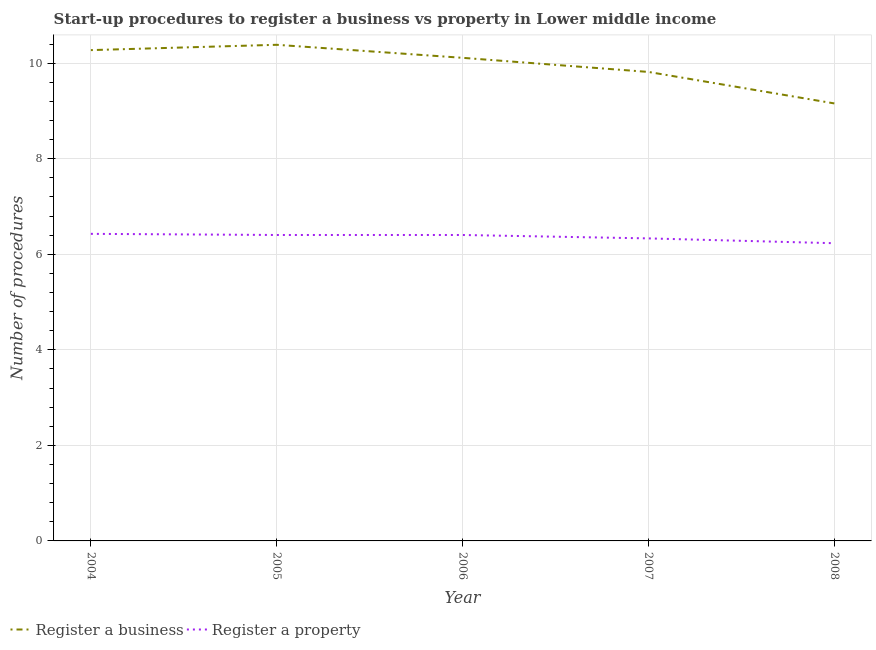
| Year | Register a business | Register a property |
 | --- | --- | --- |
 | 2004 | 10.3 | 6.43 |
 | 2005 | 10.4 | 6.4 |
 | 2006 | 10.1 | 6.4 |
 | 2007 | 9.82 | 6.33 |
 | 2008 | 9.16 | 6.23 |